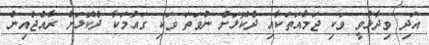
އަދި ވިދާޅުވީ ވަކި ޖަމާއަތަކާއި ދެކޮޅަށް ނުވަތަ ވަކި ގައުމަކާ ދެކޮޅަށް ރާއްޖެއިން